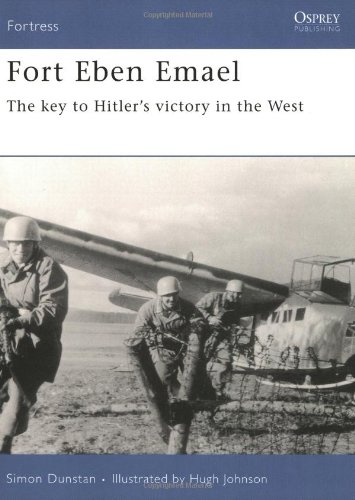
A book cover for Fort Eben Emael: The Key to Hitler's Victory in the West (Fortress); Simon Dunstan; History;